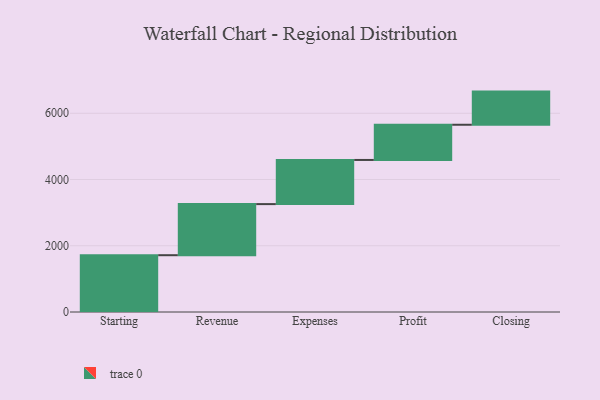
{"axis": {"x": "Step", "y": "Value"}, "legend": [""], "data": [{"x": "Starting", "y": 1715.0, "type": ""}, {"x": "Revenue", "y": 1543.0, "type": ""}, {"x": "Expenses", "y": 1333.0, "type": ""}, {"x": "Profit", "y": 1063.0, "type": ""}, {"x": "Closing", "y": 1001.0, "type": ""}]}